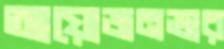
আয়োজনভার